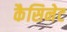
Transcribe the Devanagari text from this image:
कैसिनेट